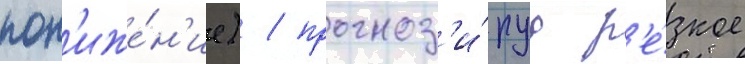
пон'иже́н'ие) / прогноз'и́руа р'е́зкое